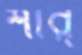
শীর্